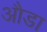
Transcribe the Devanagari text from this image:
औडा